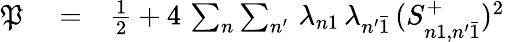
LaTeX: \begin{array}{rlr}{\mathfrak{P}}&{{}=}&{\frac{1}{2}+4\, \sum_{n}\sum_{n^{\prime}}\, \lambda_{n1}\, \lambda_{n^{\prime}\bar{1}}\, (S_{n1,n^{\prime}\bar{1}}^{+})^{2}}\end{array}